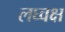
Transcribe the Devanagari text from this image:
लघ्वक्ष